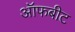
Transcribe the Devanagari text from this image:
ऑफबीट